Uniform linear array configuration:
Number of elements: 24
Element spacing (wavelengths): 1
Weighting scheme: kaiser
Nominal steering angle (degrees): -60
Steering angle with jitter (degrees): -61.803
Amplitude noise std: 0.05
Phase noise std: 0.05

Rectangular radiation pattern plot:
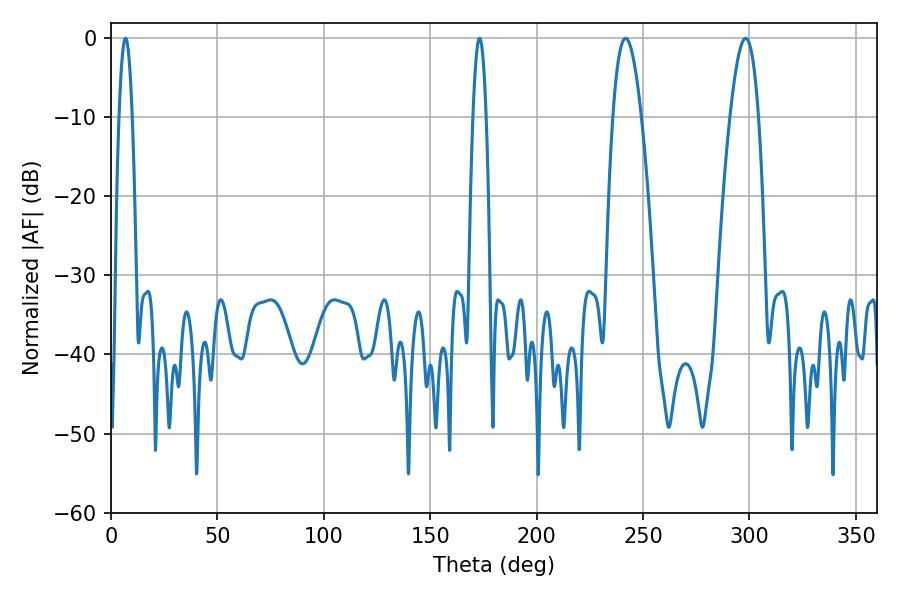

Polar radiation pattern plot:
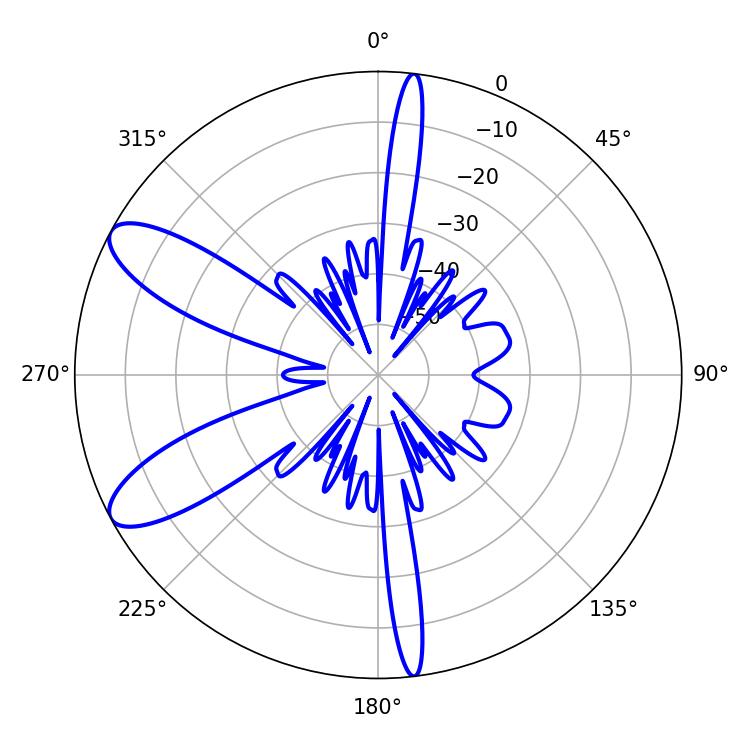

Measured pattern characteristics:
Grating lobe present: TRUE
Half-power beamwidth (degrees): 3.24
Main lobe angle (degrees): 6.84